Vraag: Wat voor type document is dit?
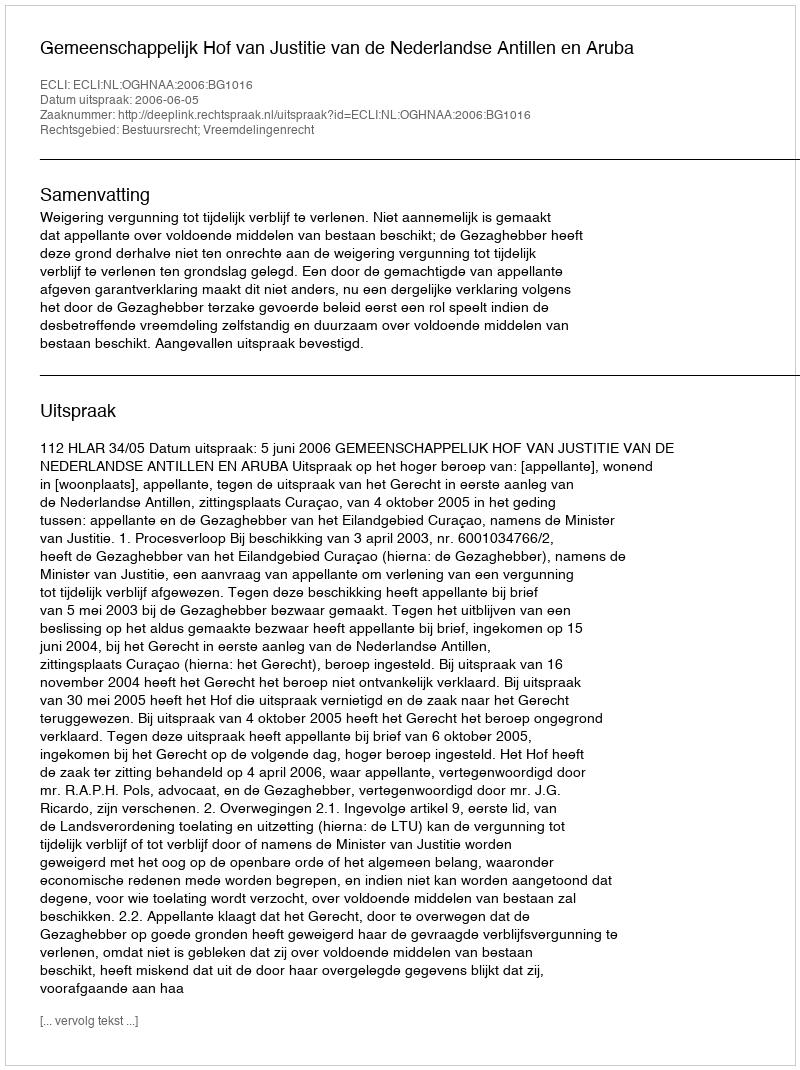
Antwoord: Uitspraak